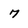
Character: 7